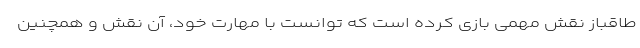
طاقباز نقش مهمی بازی کرده است که توانست با مهارت خود، آن نقش و همچنین